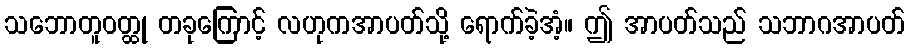
သဘောတူဝတ္ထု တခုကြောင့် လဟုကအာပတ်သို့ ရောက်ခဲ့အံ့။ ဤ အာပတ်သည် သဘာဂအာပတ်